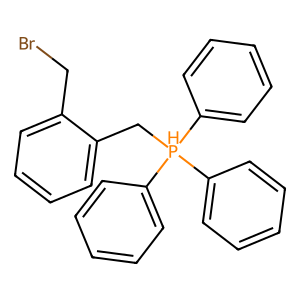
SMILES: BrCc1ccccc1C[PH](c1ccccc1)(c1ccccc1)c1ccccc1
Inhibits HIV replication: No